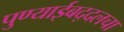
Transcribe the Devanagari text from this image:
पुण्याईबद्दलचा